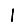
Digit: 1